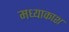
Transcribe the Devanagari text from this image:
मध्याकाश